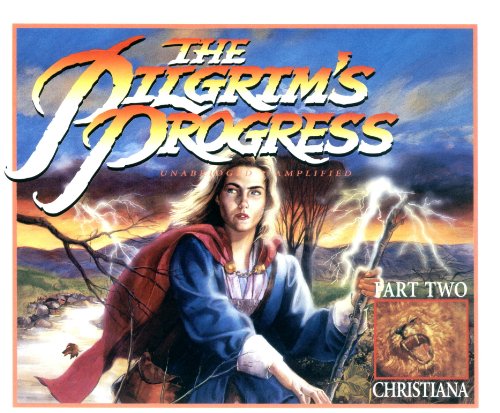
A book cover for Pilgrim's Progress, Part 2: Christiana Audio CD (Pilgrim's Progress Audio Treasury, PP#2 - Christiana); John Bunyan; Religion & Spirituality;